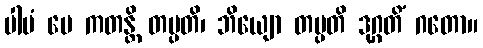
ပါပံ မေ ကတန္တိ တပ္ပတိ၊ ဘိယျော တပ္ပတိ ဒုဂ္ဂတိံ ဂတော။